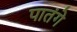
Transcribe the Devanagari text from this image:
पातंगे